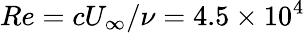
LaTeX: Re={cU_{\infty}}/{\nu}=4.5\times 10^{4}